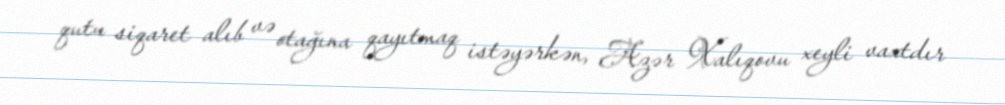
qutu siqaret alıb və otağına qayıtmaq istəyərkən, Azər Xalıqovu xeyli vaxtdır